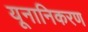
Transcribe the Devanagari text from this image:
यूनानिकरण